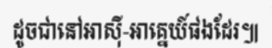
ដូចជានៅអាស៊ី-អាគ្នេយ៍ផងដែរ៕